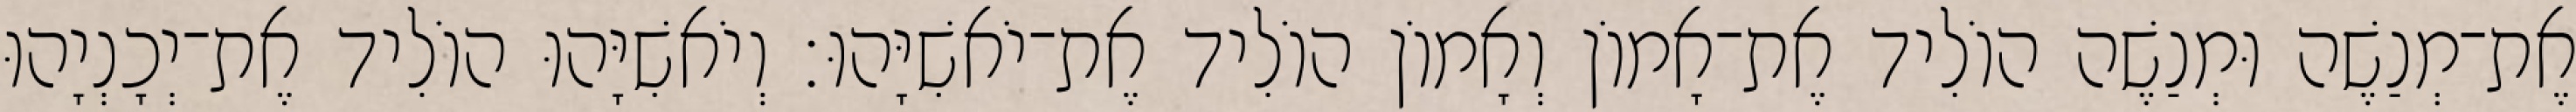
אֶת־מְנַשֶׁה וּמְנַשֶׁה הוֹלִיד אֶת־אָמוֹן וְאָמוֹן הוֹלִיד אֶת־יֹאשִׁיָּהוּ׃ וְיֹאשִׁיָּהוּ הוֹלִיד אֶת־יְכָנְיָהוּ